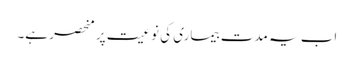
اب یہ مدت بیماری کی نوعیت پر منحصر ہے۔